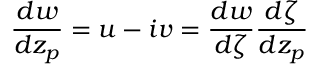
\frac { d w } { d z _ { p } } = u - i v = \frac { d w } { d \zeta } \frac { d \zeta } { d z _ { p } }